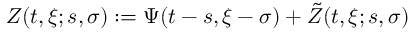
Z ( t , \xi ; s , \sigma ) : = \Psi ( t - s , \xi - \sigma ) + \tilde { Z } ( t , \xi ; s , \sigma )